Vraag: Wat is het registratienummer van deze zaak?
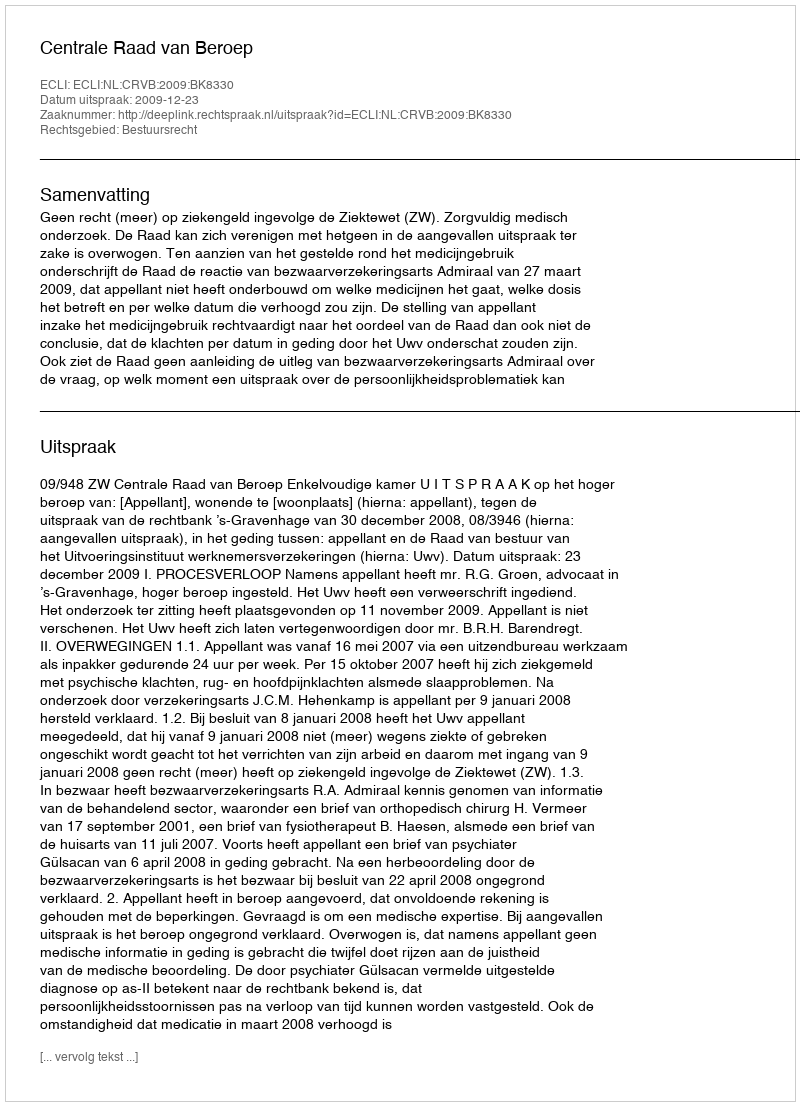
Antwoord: http://deeplink.rechtspraak.nl/uitspraak?id=ECLI:NL:CRVB:2009:BK8330